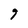
Character: 9